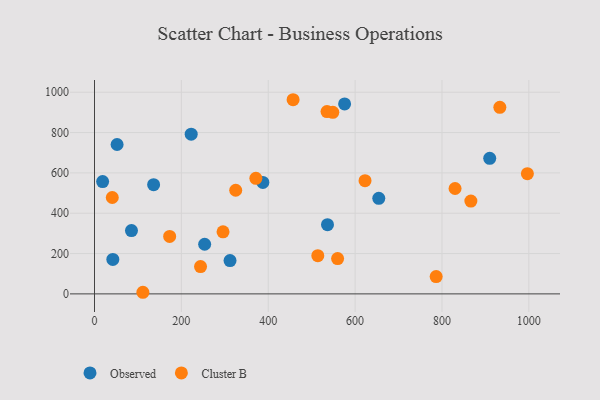
{"axis": {"x": "Investment", "y": "Sales"}, "legend": ["Cluster B", "Observed"], "data": [{"x": "136.1", "y": 541.7, "type": "Observed"}, {"x": "222.6", "y": 792.1, "type": "Observed"}, {"x": "575.8", "y": 941.9, "type": "Observed"}, {"x": "654.5", "y": 474.0, "type": "Observed"}, {"x": "536.4", "y": 343.1, "type": "Observed"}, {"x": "909.9", "y": 672.4, "type": "Observed"}, {"x": "253.6", "y": 246.1, "type": "Observed"}, {"x": "312.0", "y": 165.4, "type": "Observed"}, {"x": "42.2", "y": 171.1, "type": "Observed"}, {"x": "85.1", "y": 314.0, "type": "Observed"}, {"x": "387.6", "y": 552.9, "type": "Observed"}, {"x": "18.7", "y": 557.0, "type": "Observed"}, {"x": "52.0", "y": 740.8, "type": "Observed"}, {"x": "295.9", "y": 307.6, "type": "Cluster B"}, {"x": "933.2", "y": 925.3, "type": "Cluster B"}, {"x": "622.8", "y": 561.4, "type": "Cluster B"}, {"x": "996.6", "y": 596.2, "type": "Cluster B"}, {"x": "514.1", "y": 189.7, "type": "Cluster B"}, {"x": "866.5", "y": 460.4, "type": "Cluster B"}, {"x": "325.1", "y": 513.9, "type": "Cluster B"}, {"x": "786.6", "y": 85.7, "type": "Cluster B"}, {"x": "111.4", "y": 8.0, "type": "Cluster B"}, {"x": "173.0", "y": 284.9, "type": "Cluster B"}, {"x": "457.2", "y": 962.8, "type": "Cluster B"}, {"x": "559.7", "y": 175.1, "type": "Cluster B"}, {"x": "40.9", "y": 478.0, "type": "Cluster B"}, {"x": "830.1", "y": 522.7, "type": "Cluster B"}, {"x": "535.3", "y": 904.1, "type": "Cluster B"}, {"x": "548.6", "y": 900.3, "type": "Cluster B"}, {"x": "371.5", "y": 573.2, "type": "Cluster B"}, {"x": "244.1", "y": 135.2, "type": "Cluster B"}]}